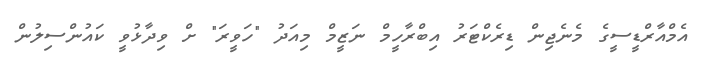
އެމްއާރްޑީސީގެ މެނެޖިން ޑިރެކްޓަރު އިބްރާހީމް ނަޒީމް މިއަދު "ހަވީރަ" ށް ވިދާޅުވީ ކައުންސިލުން